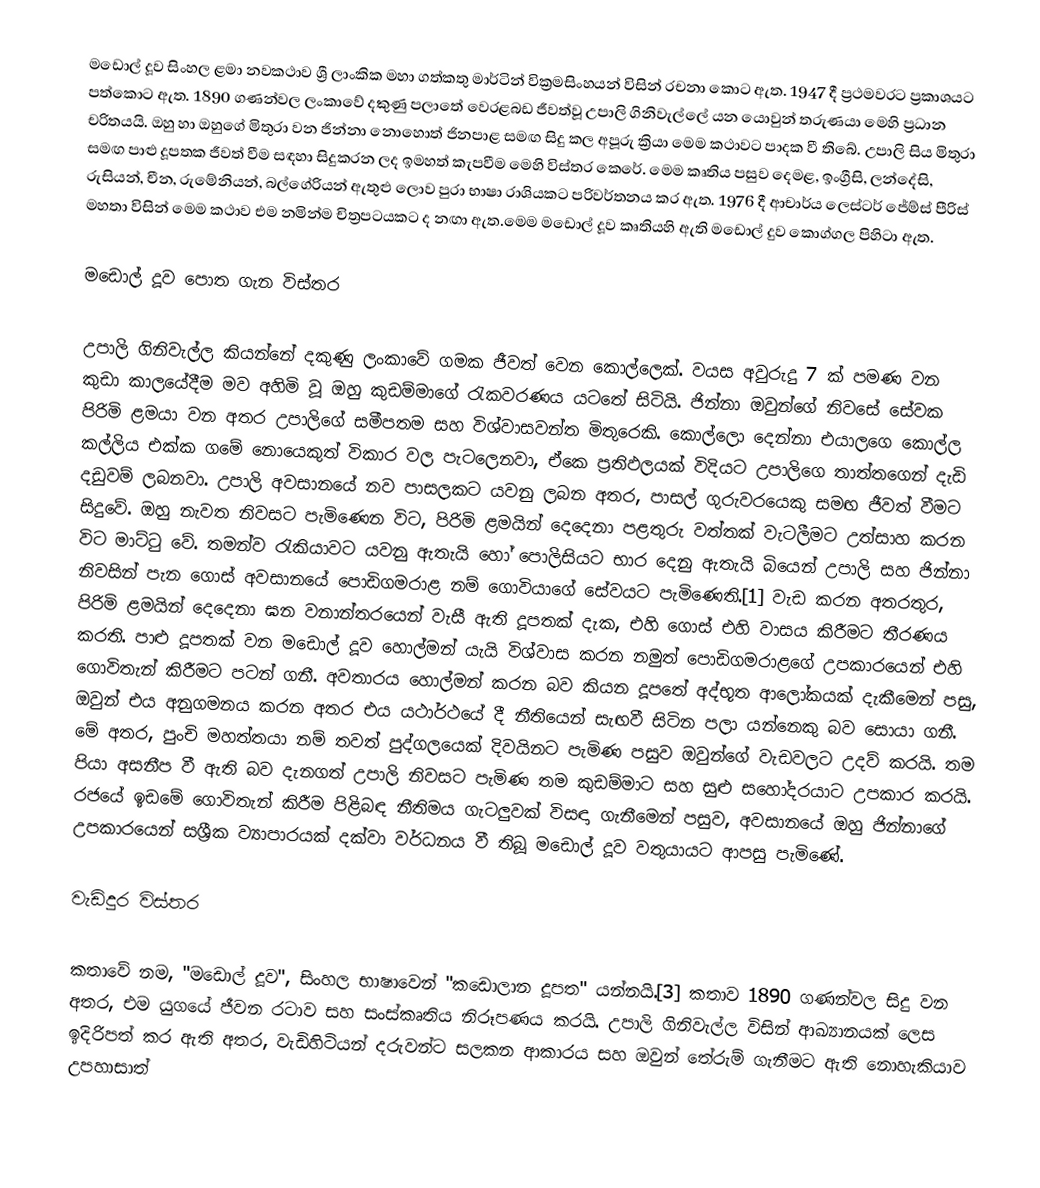
මඩොල් දූව සිංහල ළමා නවකථාව ශ්‍රී ලාංකික මහා ගත්කතු මාර්ටින් වික්‍රමසිංහයන් විසින් රචනා කොට ඇත. 1947 දී ප්‍රථමවරට ප්‍රකාශයට පත්කොට ඇත. 1890 ගණන්වල ලංකාවේ දකුණු පලාතේ වෙරළබඩ ජීවත්වූ උපාලි ගිනිවැල්ලේ යන යොවුන් තරුණයා මෙහි ප්‍රධාන චරිතයයි. ඔහු හා ඔහුගේ මිතුරා වන ජින්නා නොහොත් ජිනපාළ සමඟ සිදු කල අපූරු ක්‍රියා මෙම කථාවට පාදක වී තිබේ. උපාලි සිය මිතුරා සමඟ පාළු දූපතක ජීවත් වීම සඳහා සිදුකරන ලද ඉමහත් කැපවීම මෙහි විස්තර කෙරේ. මෙම කෘතිය පසුව දෙමළ, ඉංග්‍රීසි, ලන්දේසි, රුසියන්, චීන, රුමේනියන්, බල්ගේරියන් ඇතුළු ලොව පුරා භාෂා රාශියකට පරිවර්තනය කර ඇත. 1976 දී ආචාර්ය ලෙස්ටර් ජේම්ස් පීරිස් මහතා විසින් මෙම කථාව එම නමින්ම චිත්‍රපටයකට ද නඟා ඇත.මෙම මඩොල් දූව කෘතියහි ඇති මඩොල් දුව කොග්ගල පිහිටා ඇත.

මඩොල් දූව පොත ගැන විස්තර

උපාලි ගිනිවැල්ල කියන්නේ දකුණු ලංකාවේ ගමක ජීවත් වෙන කොල්ලෙක්. වයස අවුරුදු 7 ක් පමණ වන කුඩා කාලයේදීම මව අහිමි වූ ඔහු කුඩම්මාගේ රැකවරණය යටතේ සිටියි. ජින්නා ඔවුන්ගේ නිවසේ සේවක පිරිමි ළමයා වන අතර උපාලිගේ සමීපතම සහ විශ්වාසවන්ත මිතුරෙකි. කොල්ලො දෙන්නා එයාලගෙ කොල්ල කල්ලිය එක්ක ගමේ නොයෙකුත් විකාර වල පැටලෙනවා, ඒකෙ ප්‍රතිඵලයක් විදියට උපාලිගෙ තාත්තගෙන් දැඩි දඩුවම් ලබනවා. උපාලි අවසානයේ නව පාසලකට යවනු ලබන අතර, පාසල් ගුරුවරයෙකු සමඟ ජීවත් වීමට සිදුවේ. ඔහු නැවත නිවසට පැමිණෙන විට, පිරිමි ළමයින් දෙදෙනා පළතුරු වත්තක් වැටලීමට උත්සාහ කරන විට මාට්ටු වේ. තමන්ව රැකියාවට යවනු ඇතැයි හෝ පොලිසියට භාර දෙනු ඇතැයි බියෙන් උපාලි සහ ජින්නා නිවසින් පැන ගොස් අවසානයේ පොඩිගමරාළ නම් ගොවියාගේ සේවයට පැමිණෙති.[1] වැඩ කරන අතරතුර, පිරිමි ළමයින් දෙදෙනා ඝන වනාන්තරයෙන් වැසී ඇති දූපතක් දැක, එහි ගොස් එහි වාසය කිරීමට තීරණය කරති. පාළු දූපතක් වන මඩොල් දූව හොල්මන් යැයි විශ්වාස කරන නමුත් පොඩිගමරාළගේ උපකාරයෙන් එහි ගොවිතැන් කිරීමට පටන් ගනී. අවතාරය හොල්මන් කරන බව කියන දූපතේ අද්භූත ආලෝකයක් දැකීමෙන් පසු, ඔවුන් එය අනුගමනය කරන අතර එය යථාර්ථයේ දී නීතියෙන් සැඟවී සිටින පලා යන්නෙකු බව සොයා ගනී. මේ අතර, පුංචි මහත්තයා නම් තවත් පුද්ගලයෙක් දිවයිනට පැමිණ පසුව ඔවුන්ගේ වැඩවලට උදව් කරයි. තම පියා අසනීප වී ඇති බව දැනගත් උපාලි නිවසට පැමිණ තම කුඩම්මාට සහ සුළු සහෝදරයාට උපකාර කරයි. රජයේ ඉඩමේ ගොවිතැන් කිරීම පිළිබඳ නීතිමය ගැටලුවක් විසඳා ගැනීමෙන් පසුව, අවසානයේ ඔහු ජින්නාගේ උපකාරයෙන් සශ්‍රීක ව්‍යාපාරයක් දක්වා වර්ධනය වී තිබූ මඩොල් දූව වතුයායට ආපසු පැමිණේ.

වැඩිදුර  විස්තර

කතාවේ නම, "මඩොල් දූව", සිංහල භාෂාවෙන් "කඩොලාන දූපත" යන්නයි.[3] කතාව 1890 ගණන්වල සිදු වන අතර, එම යුගයේ ජීවන රටාව සහ සංස්කෘතිය නිරූපණය කරයි. උපාලි ගිනිවැල්ල විසින් ආඛ්‍යානයක් ලෙස ඉදිරිපත් කර ඇති අතර, වැඩිහිටියන් දරුවන්ට සලකන ආකාරය සහ ඔවුන් තේරුම් ගැනීමට ඇති නොහැකියාව උපහාසාත්